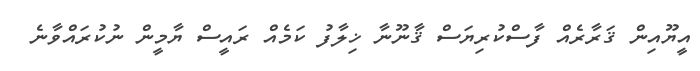
އީޔޫއިން ޤަރާރެއް ފާސްކުރިޔަސް ޤާނޫނާ ޚިލާފު ކަމެއް ރައީސް ޔާމީން ނުކުރައްވާނެ